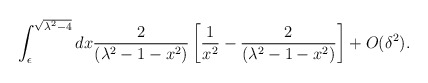
\begin{align*}\int_\epsilon^{\sqrt{\lambda^2 - 4}}{dx{2\over \left(\lambda^2 - 1 - x^2 \right) } \left[{1 \over x^2} - {2 \over\left(\lambda^2 - 1 - x^2\right) }\right]}+ O(\delta^2).\end{align*}